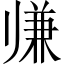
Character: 𱍵